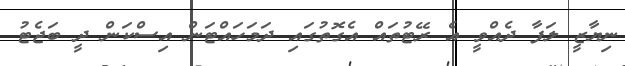
ނިޔާޒީ ލަފާ ދެއްވީ އެ ރޭޓުތައް އެގޮތުގައި ދަމަހައްޓަން އިސްކަން ދީ ބަޖެޓު